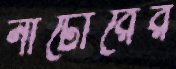
নাটোরের